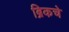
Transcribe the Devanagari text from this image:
ब्रिकचे